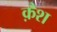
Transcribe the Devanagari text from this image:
क़ैश